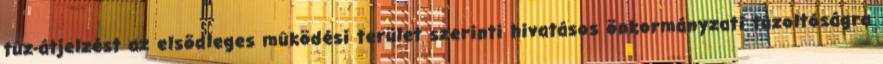
tûz-átjelzést az elsõdleges mûködési terület szerinti hivatásos önkormányzati tûzoltóságra